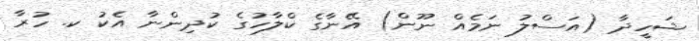
ޝަހީދާ (އަސްލު ނަމެއް ނޫން) އޭނާގެ ކްލާހުގެ ކުދިންނާ އެކު ކ. ހުރާ